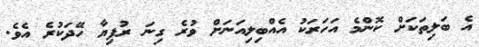
އެ ބަލިތަކަށް ކޮންމެ އަހަރަކު އެއްބިލިއަނަށް ވުރެ ގިނަ ރުފިޔާ ހޭދަކުރެ އެވެ.